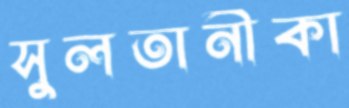
সুলতানীকা